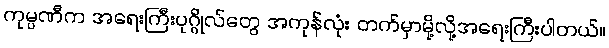
ကုမ္ပဏီက အရေးကြီးပုဂ္ဂိုလ်တွေ အကုန်လုံး တက်မှာမို့လို့အရေးကြီးပါတယ်။